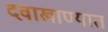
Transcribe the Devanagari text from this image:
दवाखाण्यात